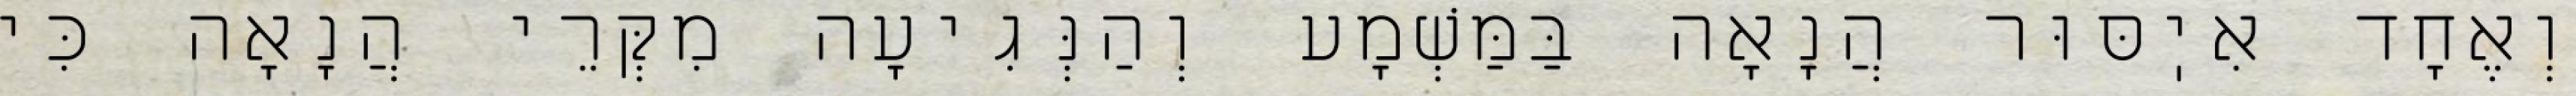
וְאֶחָד אִיֽסּוּר הֲנָאָה בַּמַּשְׁמָע וְהַנְּגִיעָה מִקְּרֵי הֲנָאָה כִּי